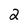
Character: 2